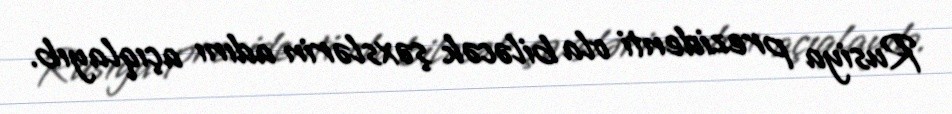
Rusiya prezidenti ola biləcək şəxslərin adını açıqlayıb.